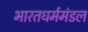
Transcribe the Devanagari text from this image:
भारतधर्ममंडल